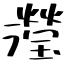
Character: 瀅